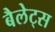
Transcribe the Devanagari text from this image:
बैलेट्स